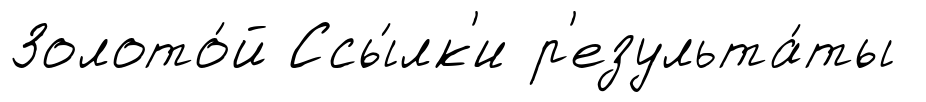
Золото́й Ссы́лк'и р'езульта́ты